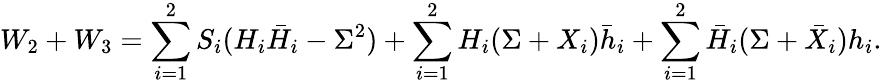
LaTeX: W_{2}+W_{3}=\sum_{i=1}^{2}S_{i}(H_{i}\bar{H}_{i}-\Sigma^{2})+\sum_{i=1}^{2}H_{i}(\Sigma+X_{i})\bar{h}_{i}+\sum_{i=1}^{2}\bar{H}_{i}(\Sigma+\bar{X}_{i}){h}_{i}.